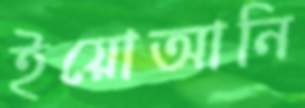
ইয়োআনি